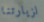
لزيارتنا